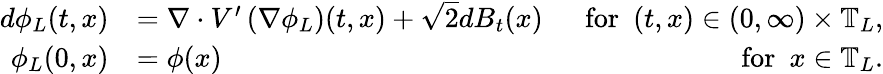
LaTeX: \begin{array}{rlr}{d\phi_{L}(t,x)}&{=\nabla\cdot V^{\prime}\left(\nabla\phi_{L}\right)(t,x)+\sqrt{2}dB_{t}(x)}&{~~\mathrm{for}~~(t,x)\in(0,\infty)\times\mathbb{T}_{L},}\\ {\phi_{L}(0,x)}&{=\phi(x)}&{\mathrm{for}~~x\in\mathbb{T}_{L}.}\end{array}